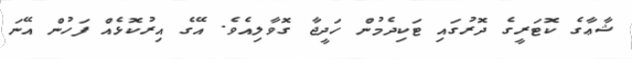
ޝާޢާގެ ކޮޓަރީގެ ދޮރުގައި ޓަކިދެމުން ހަދީޖާ ގޮވާލިއެވެ. އޭގެ އިރުކޮޅެއް ފަހުން އޭނަ